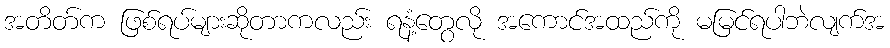
အတိတ်က ဖြစ်ရပ်များဆိုတာကလည်း ရနံ့တွေလို အကောင်အထည်ကို မမြင်ရပါဘဲလျက်အ